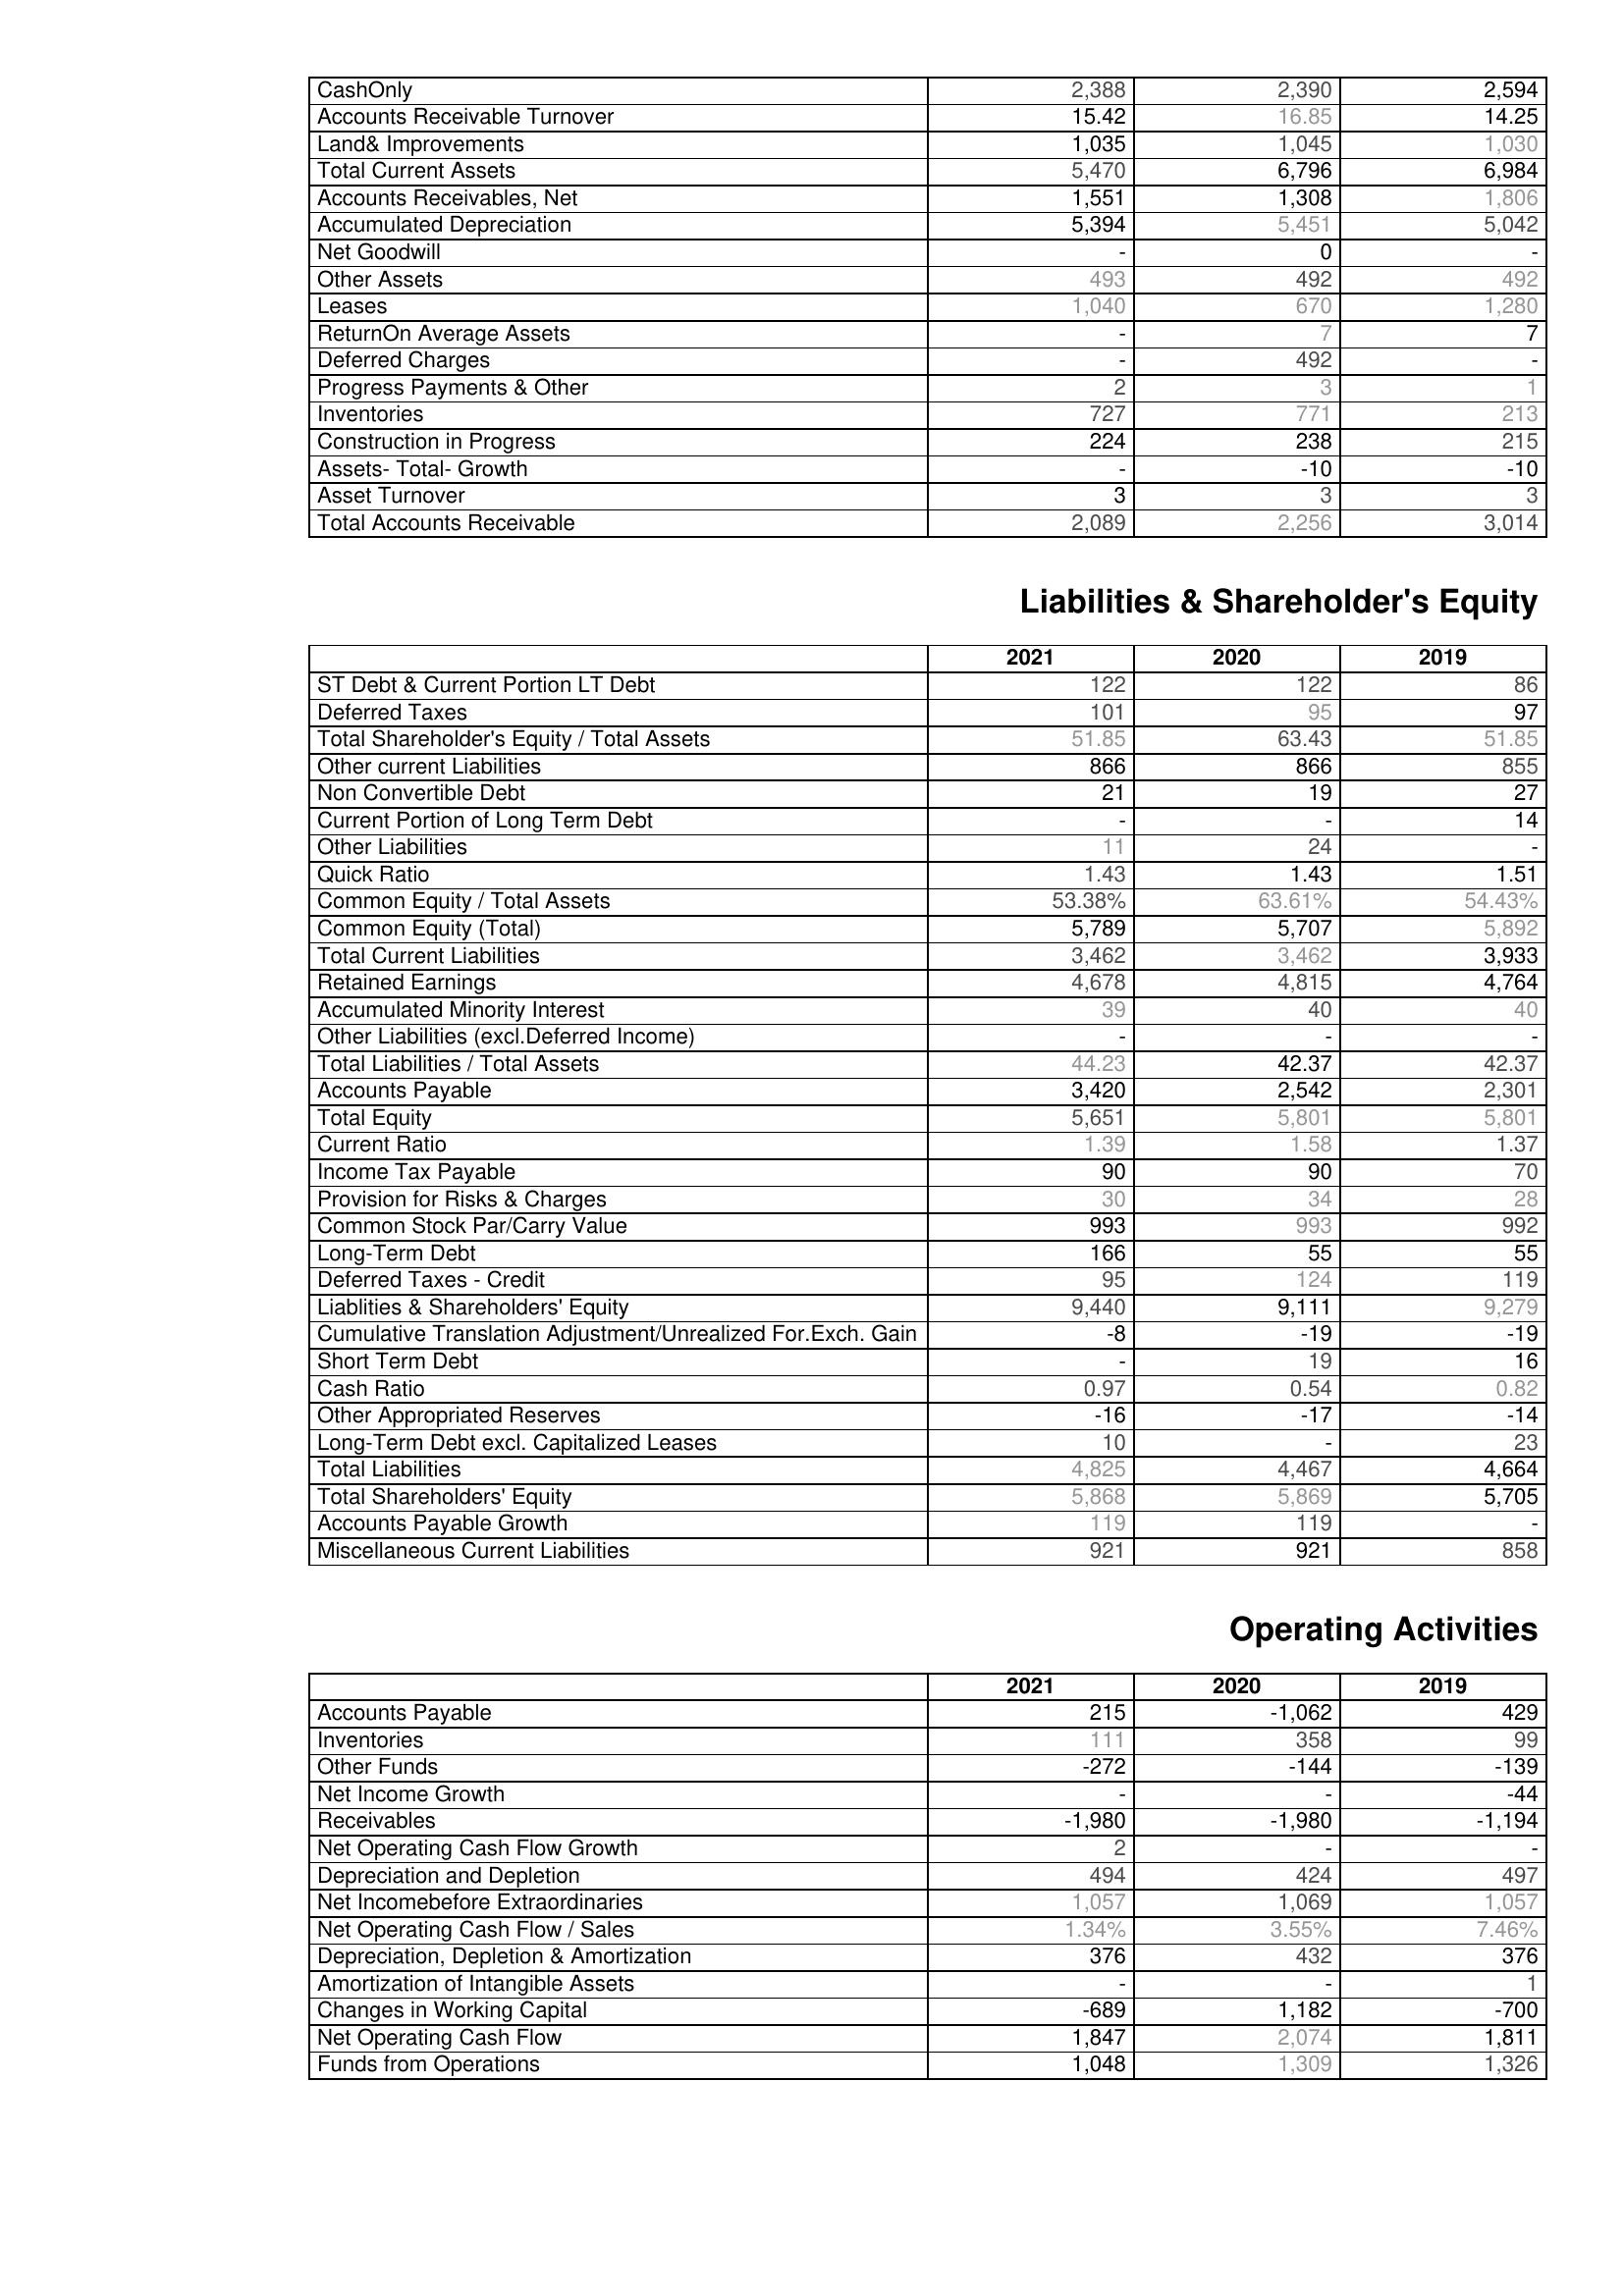
2021: Assets: CashOnly: 2,388
Accounts Receivable Turnover: 15.42
Land& Improvements: 1,035
Total Current Assets: 5,470
Accounts Receivables, Net: 1,551
Accumulated Depreciation: 5,394
Net Goodwill: -
Other Assets: 493
Leases: 1,040
ReturnOn Average Assets: -
Deferred Charges: -
Progress Payments & Other: 2
Inventories: 727
Construction in Progress: 224
Assets- Total- Growth: -
Asset Turnover: 3
Total Accounts Receivable: 2,089
Liabilities & Shareholder's Equity: ST Debt & Current Portion LT Debt: 122
Deferred Taxes: 101
Total Shareholder's Equity / Total Assets: 51.85
Other current Liabilities: 866
Non Convertible Debt: 21
Current Portion of Long Term Debt: -
Other Liabilities: 11
Quick Ratio: 1.43
Common Equity / Total Assets: 53.38%
Common Equity (Total): 5,789
Total Current Liabilities: 3,462
Retained Earnings: 4,678
Accumulated Minority Interest: 39
Other Liabilities (excl.Deferred Income): -
Total Liabilities / Total Assets: 44.23
Accounts Payable: 3,420
Total Equity: 5,651
Current Ratio: 1.39
Income Tax Payable: 90
Provision for Risks & Charges: 30
Common Stock Par/Carry Value: 993
Long-Term Debt: 166
Deferred Taxes - Credit: 95
Liablities & Shareholders' Equity: 9,440
Cumulative Translation Adjustment/Unrealized For.Exch. Gain: -8
Short Term Debt: -
Cash Ratio: 0.97
Other Appropriated Reserves: -16
Long-Term Debt excl. Capitalized Leases: 10
Total Liabilities: 4,825
Total Shareholders' Equity: 5,868
Accounts Payable Growth: 119
Miscellaneous Current Liabilities: 921
Operating Activities: Accounts Payable: 215
Inventories: 111
Other Funds: -272
Net Income Growth: -
Receivables: -1,980
Net Operating Cash Flow Growth: 2
Depreciation and Depletion: 494
Net Incomebefore Extraordinaries: 1,057
Net Operating Cash Flow / Sales: 1.34%
Depreciation, Depletion & Amortization: 376
Amortization of Intangible Assets: -
Changes in Working Capital: -689
Net Operating Cash Flow: 1,847
Funds from Operations: 1,048
2020: Assets: CashOnly: 2,390
Accounts Receivable Turnover: 16.85
Land& Improvements: 1,045
Total Current Assets: 6,796
Accounts Receivables, Net: 1,308
Accumulated Depreciation: 5,451
Net Goodwill: 0
Other Assets: 492
Leases: 670
ReturnOn Average Assets: 7
Deferred Charges: 492
Progress Payments & Other: 3
Inventories: 771
Construction in Progress: 238
Assets- Total- Growth: -10
Asset Turnover: 3
Total Accounts Receivable: 2,256
Liabilities & Shareholder's Equity: ST Debt & Current Portion LT Debt: 122
Deferred Taxes: 95
Total Shareholder's Equity / Total Assets: 63.43
Other current Liabilities: 866
Non Convertible Debt: 19
Current Portion of Long Term Debt: -
Other Liabilities: 24
Quick Ratio: 1.43
Common Equity / Total Assets: 63.61%
Common Equity (Total): 5,707
Total Current Liabilities: 3,462
Retained Earnings: 4,815
Accumulated Minority Interest: 40
Other Liabilities (excl.Deferred Income): -
Total Liabilities / Total Assets: 42.37
Accounts Payable: 2,542
Total Equity: 5,801
Current Ratio: 1.58
Income Tax Payable: 90
Provision for Risks & Charges: 34
Common Stock Par/Carry Value: 993
Long-Term Debt: 55
Deferred Taxes - Credit: 124
Liablities & Shareholders' Equity: 9,111
Cumulative Translation Adjustment/Unrealized For.Exch. Gain: -19
Short Term Debt: 19
Cash Ratio: 0.54
Other Appropriated Reserves: -17
Long-Term Debt excl. Capitalized Leases: -
Total Liabilities: 4,467
Total Shareholders' Equity: 5,869
Accounts Payable Growth: 119
Miscellaneous Current Liabilities: 921
Operating Activities: Accounts Payable: -1,062
Inventories: 358
Other Funds: -144
Net Income Growth: -
Receivables: -1,980
Net Operating Cash Flow Growth: -
Depreciation and Depletion: 424
Net Incomebefore Extraordinaries: 1,069
Net Operating Cash Flow / Sales: 3.55%
Depreciation, Depletion & Amortization: 432
Amortization of Intangible Assets: -
Changes in Working Capital: 1,182
Net Operating Cash Flow: 2,074
Funds from Operations: 1,309
2019: Assets: CashOnly: 2,594
Accounts Receivable Turnover: 14.25
Land& Improvements: 1,030
Total Current Assets: 6,984
Accounts Receivables, Net: 1,806
Accumulated Depreciation: 5,042
Net Goodwill: -
Other Assets: 492
Leases: 1,280
ReturnOn Average Assets: 7
Deferred Charges: -
Progress Payments & Other: 1
Inventories: 213
Construction in Progress: 215
Assets- Total- Growth: -10
Asset Turnover: 3
Total Accounts Receivable: 3,014
Liabilities & Shareholder's Equity: ST Debt & Current Portion LT Debt: 86
Deferred Taxes: 97
Total Shareholder's Equity / Total Assets: 51.85
Other current Liabilities: 855
Non Convertible Debt: 27
Current Portion of Long Term Debt: 14
Other Liabilities: -
Quick Ratio: 1.51
Common Equity / Total Assets: 54.43%
Common Equity (Total): 5,892
Total Current Liabilities: 3,933
Retained Earnings: 4,764
Accumulated Minority Interest: 40
Other Liabilities (excl.Deferred Income): -
Total Liabilities / Total Assets: 42.37
Accounts Payable: 2,301
Total Equity: 5,801
Current Ratio: 1.37
Income Tax Payable: 70
Provision for Risks & Charges: 28
Common Stock Par/Carry Value: 992
Long-Term Debt: 55
Deferred Taxes - Credit: 119
Liablities & Shareholders' Equity: 9,279
Cumulative Translation Adjustment/Unrealized For.Exch. Gain: -19
Short Term Debt: 16
Cash Ratio: 0.82
Other Appropriated Reserves: -14
Long-Term Debt excl. Capitalized Leases: 23
Total Liabilities: 4,664
Total Shareholders' Equity: 5,705
Accounts Payable Growth: -
Miscellaneous Current Liabilities: 858
Operating Activities: Accounts Payable: 429
Inventories: 99
Other Funds: -139
Net Income Growth: -44
Receivables: -1,194
Net Operating Cash Flow Growth: -
Depreciation and Depletion: 497
Net Incomebefore Extraordinaries: 1,057
Net Operating Cash Flow / Sales: 7.46%
Depreciation, Depletion & Amortization: 376
Amortization of Intangible Assets: 1
Changes in Working Capital: -700
Net Operating Cash Flow: 1,811
Funds from Operations: 1,326